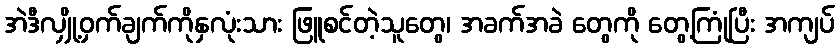
အဲဒီလျှို့ဝှက်ချက်ကိုနှလုံးသား ဖြူစင်တဲ့သူတွေ၊ အခက်အခဲ တွေကို တွေ့ကြုံပြီး အကျပ်